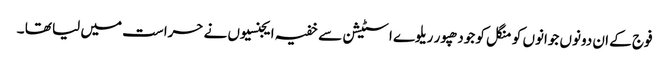
فوج کے ان دونوں جوانوں کو منگل کو جودھپور ریلوے اسٹیشن سے خفیہ ایجنسیوں نے حراست میں لیا تھا ۔